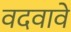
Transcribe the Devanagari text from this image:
वदवावे